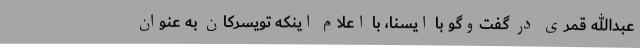
عبدالله قمری در گفت‌وگو با ایسنا، با اعلام اینکه تویسرکان به عنوان